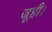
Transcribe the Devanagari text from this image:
जूही।